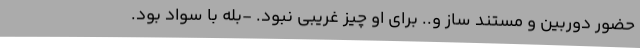
حضور دوربین و مستند ساز و.. برای او چیز غریبی نبود. -بله با سواد بود.